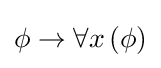
\phi \to \forall x\left(\phi \right)